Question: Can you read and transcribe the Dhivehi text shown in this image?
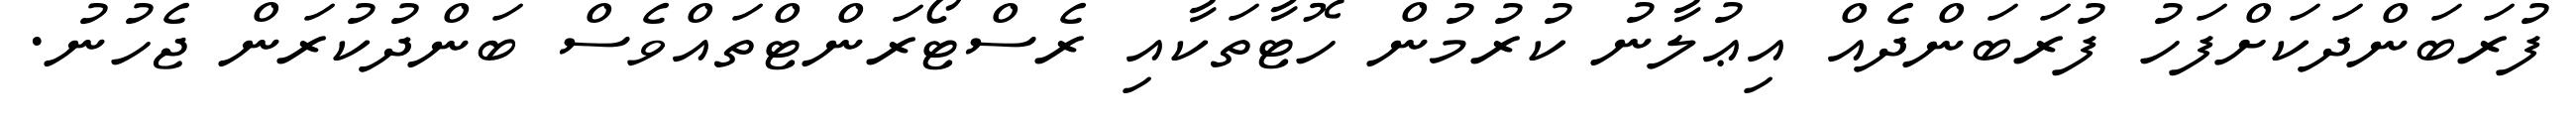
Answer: ފުރަބަންދަކަށްފަހު ފުރަބަންދެއް އިޢުލާނު ކުރުމުން ހޮޓާތަކާއި ރެސްޓޯރަންޓްތައްވެސް ބަންދުކުރަން ޖެހުނު.